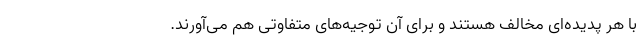
با هر پدیده‌ای مخالف هستند و برای آن توجیه‌های متفاوتی هم می‌آورند.